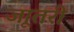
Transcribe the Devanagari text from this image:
जाूतरी